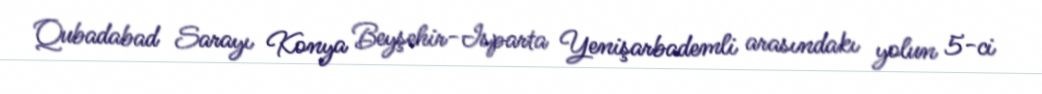
Qubadabad Sarayı Konya Beyşehir-Isparta Yenişarbademli arasındakı yolun 5-ci